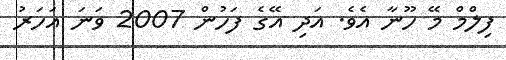
ފިލްމް މޭ ހޫނާ އެވެ. އަދި އޭގެ ފަހުން 2007 ވަނަ އަހަރު